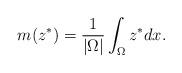
LaTeX: \begin{align*} m(z^*)=\frac{1}{|\Omega |}\int_{\Omega }^{}z^* dx.\end{align*}